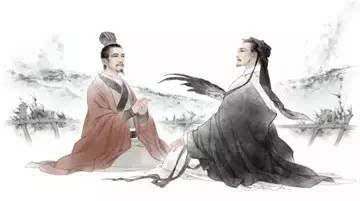
一鼓作气，再而衰，三而竭。